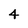
Character: 4